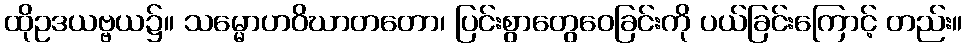
ထိုဥဒယဗ္ဗယ၌။ သမ္မောဟဝိဃာတတော၊ ပြင်းစွာတွေဝေခြင်းကို ပယ်ခြင်းကြောင့် တည်း။